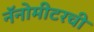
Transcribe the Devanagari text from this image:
नॅनोमीटरची